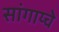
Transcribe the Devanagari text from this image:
सांगाय्चे